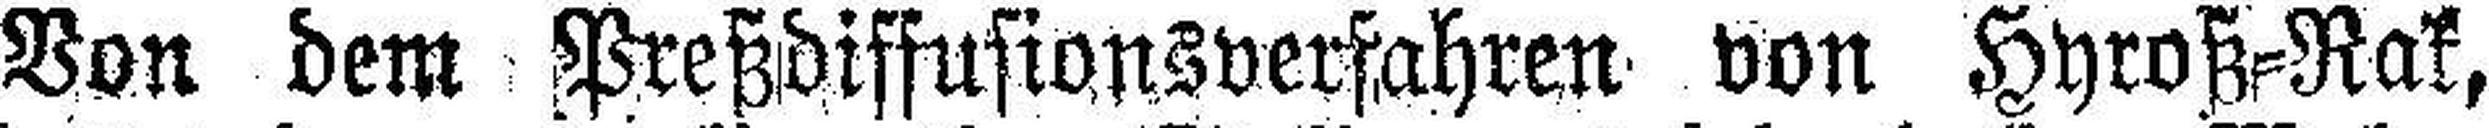
Von dem Preßdiffusionsverfahren von Hyroß-Rak,